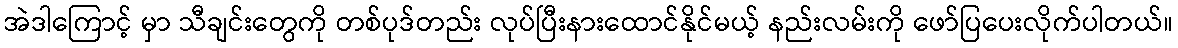
အဲဒါကြောင့် မှာ သီချင်းတွေကို တစ်ပုဒ်တည်း လုပ်ပြီးနားထောင်နိုင်မယ့် နည်းလမ်းကို ဖော်ပြပေးလိုက်ပါတယ်။